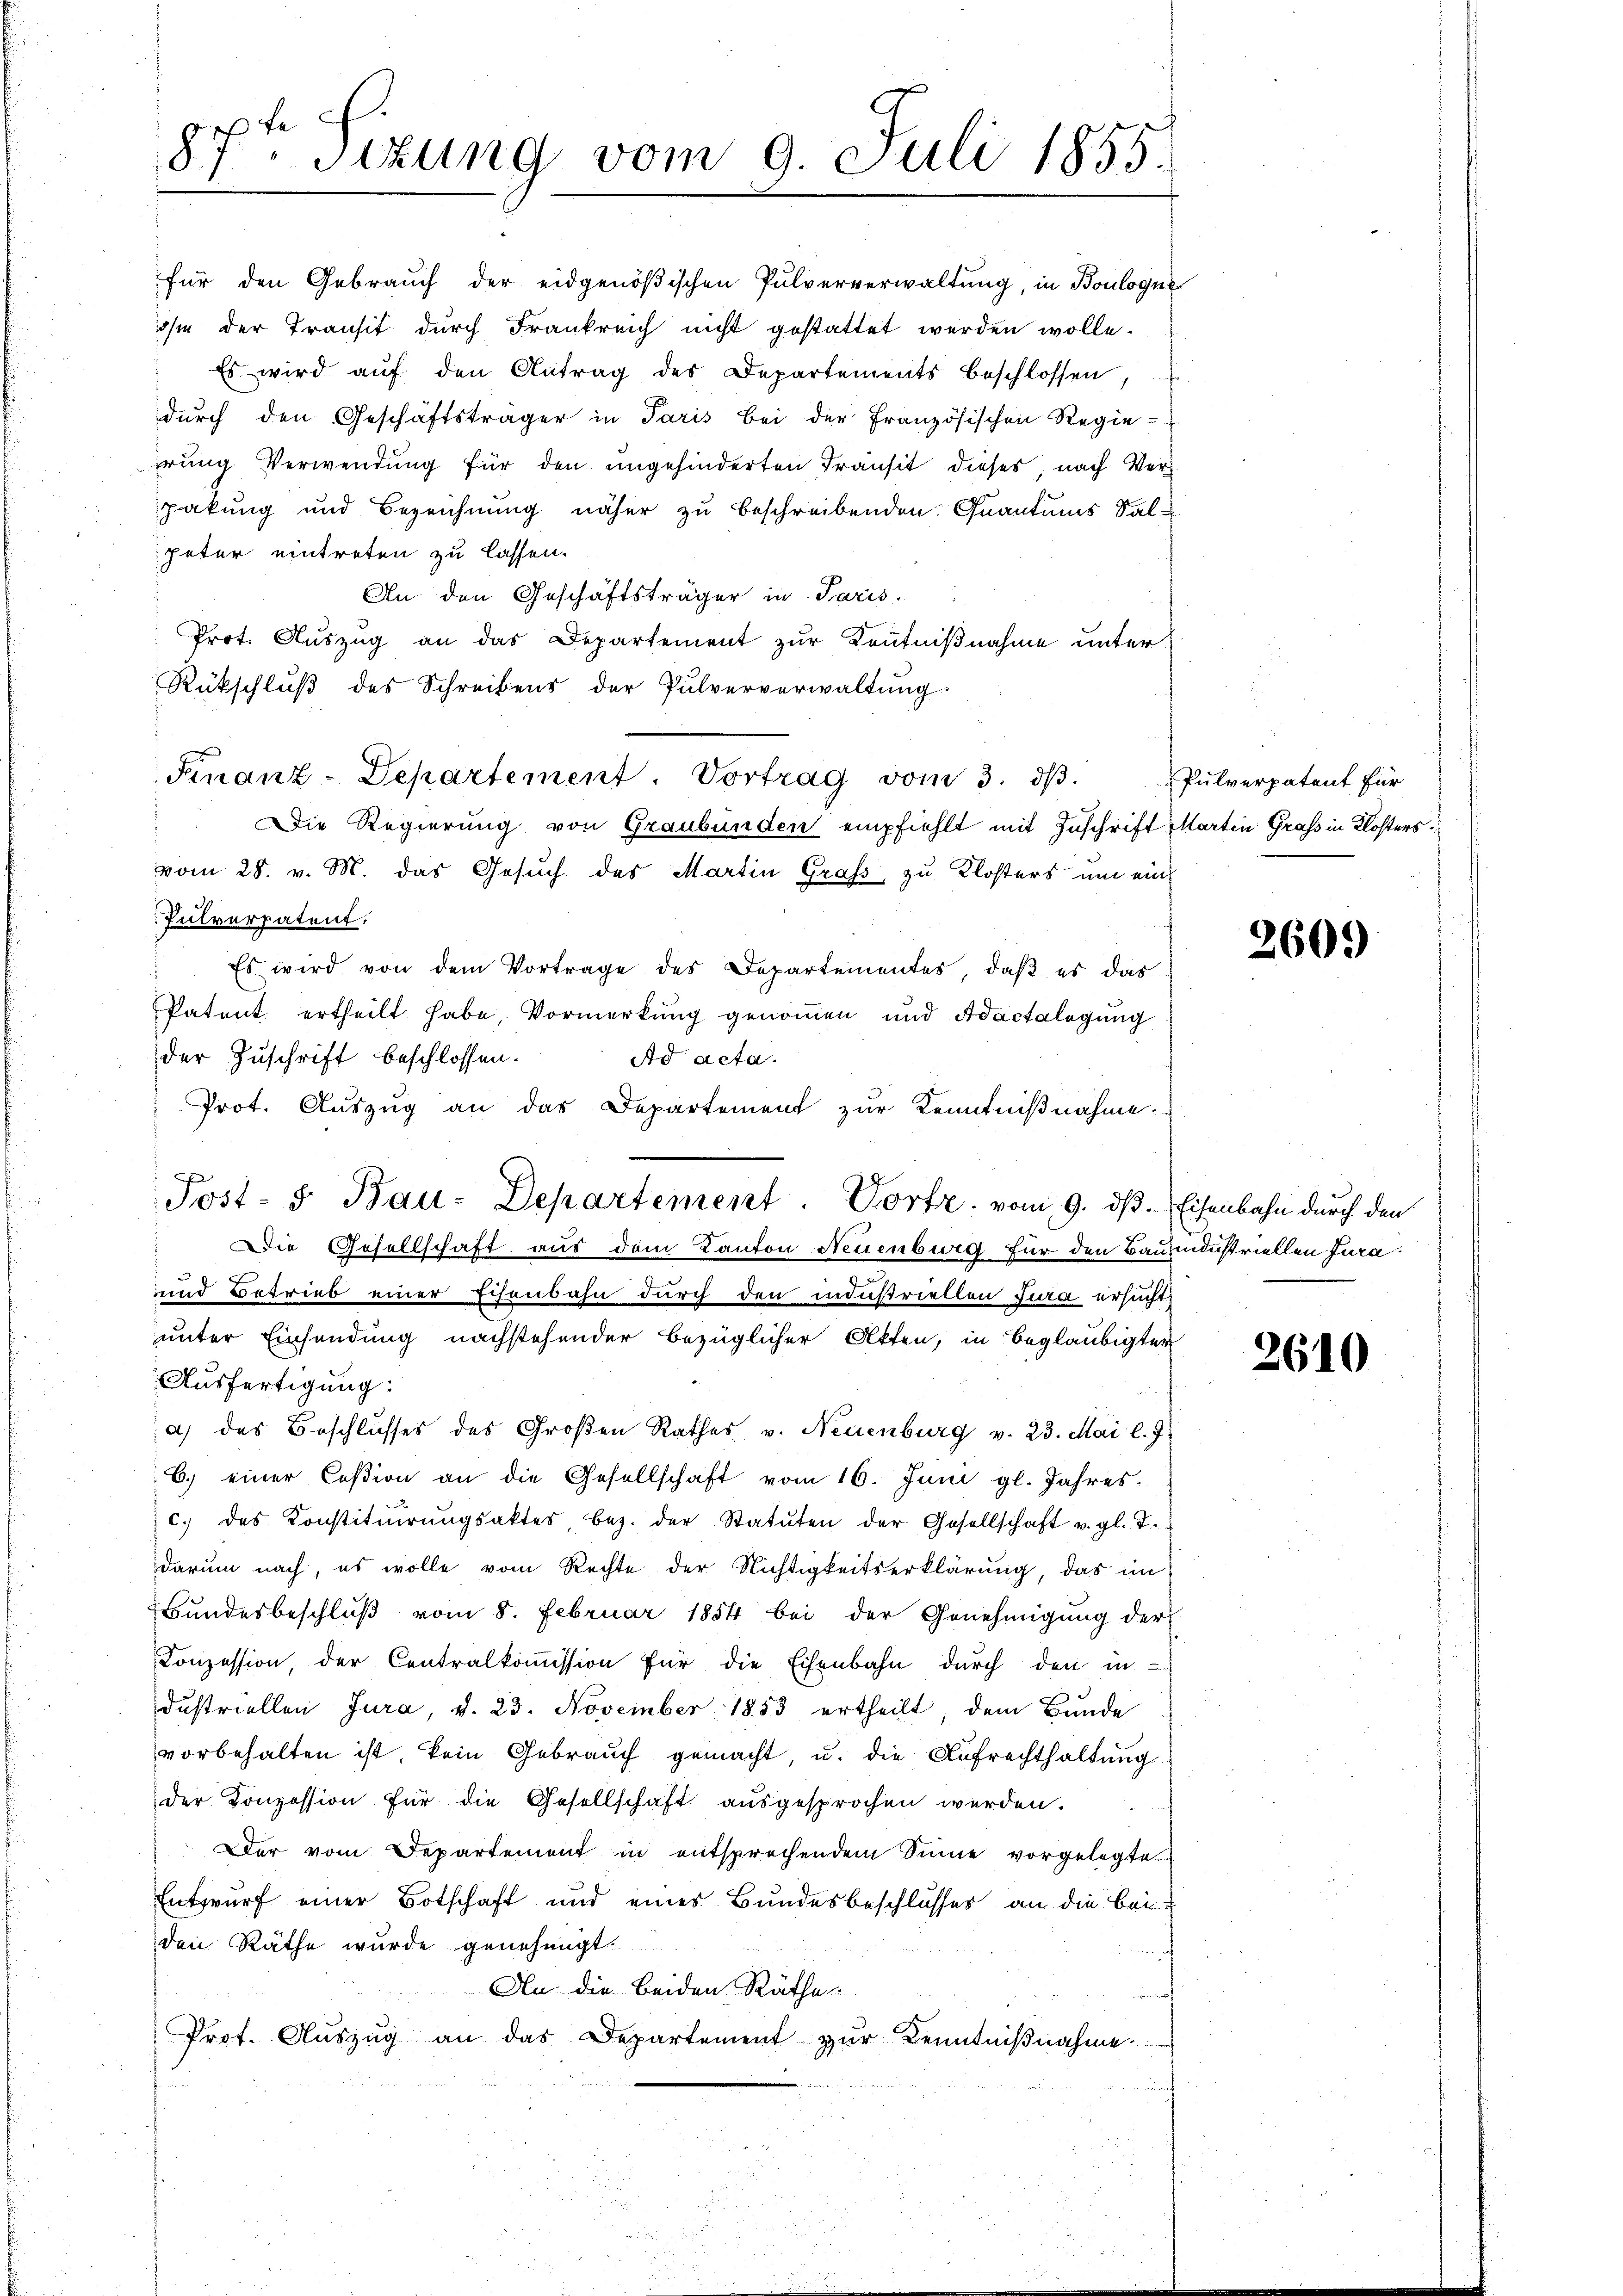
für den Gebrauch der eidgenößischen Pulververwaltung, in Boulogne
ihm der Transit durch Frankreich nicht gestattet werden wolle.
Es wird auf den Antrag des Departements beschlossen
durch den Geschäftsträger in Paris bei der Französischen Regie-
erung Verwendung für den ungehinderten Transit dieses, nach Verpakung und Bezeichnung näher zu beschreibenden Quantums Salpeter eintreten zu lassen.
An den Geschäftsträger in Paris.
Prot. Auszug an das Departement zur Kenntnißnahme unter
Rückschlŭβ des Schreibens der Pulververwaltŭng.
Finanz-Departement. Vortrag vom 3. dβ.
 Die Regierung von Graubünden empfiehlt mit Zuschrift Martin Graf in Klosters
vom 28. v. M. das Gesuch des Martin Grafs, zu Klosters um ein
Pulverpatent.
Es wird von dem Vortrage des Departementes, daβ es das
Patent ertheilt habe, Vormerkung genommen und Adactalegung
der Zuschrift beschlossen.
Ad acta.
Prot. Auszug an der Departement zur Kenntnißnahme:
Post- 5. Bau-Departement. Portz, vom 9. dß. Eisenbahn durch den
 die Gesellschaft aus dem Kanton Neuenburg für den Baumeinstriellen Jura¬
und Betrieb einer Eisenbahn durch den industriellen Jura ersucht,
unter Einsendung nachstehender bezüglicher Akten, in Beglaubigter
Ausfertigung:
a) des Beschlusses des Großen Rathes v. Neuenburg v. 23. Mai l. J.
6.) einer Ceßion an die Gesellschaft vom 16. Juni gl. Jahres.
c. des Konstitŭirŭngsakter bez. der Statuten der Gesellschaft u. gl. T.
darum nach, es wolle vom Rechte der Nichtigkeitserklärung, das im
Bundesbeschluß vom 8. Februar 1854 bei der Genehmigung der
Conzession, der Centralkoṁission für die Eisenbahn durch den in
dustriellen Jura, d. 23. November 1853 ertheilt, dem Bunde
vorbehalten ist, kein Gebrauch gemacht, u. die Aufrechthaltung
der Konzession für die Gesellschaft ausgesprochen werden.
Der vom Departement in entsprechendem Sinne vorgelegte
Entwurf einer Botschaft und eines Bundesbeschlusses an die beiden Räthe wurde genehmigt.
An die beiden Räthe:
Prot. Aŭszŭg an das Departement zur Kenntniβnahme

d
87. Sizung vom 9. Juli 1855.

Pulverpatent für

2609

2610